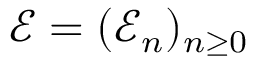
{ \mathcal E } = ( { \mathcal E _ { n } } ) _ { n \geq 0 }